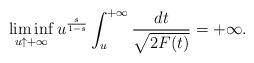
LaTeX: \begin{align*}\liminf_{u\uparrow+\infty}u^{\frac{s}{1-s}}\int_u^{+\infty}\frac{dt}{\sqrt{2F(t)}}=+\infty.\end{align*}